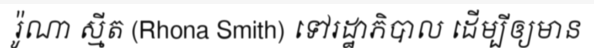
រ៉ូណា ស្មីត (Rhona Smith) ទៅរដ្ឋាភិបាល ដើម្បីឲ្យមាន